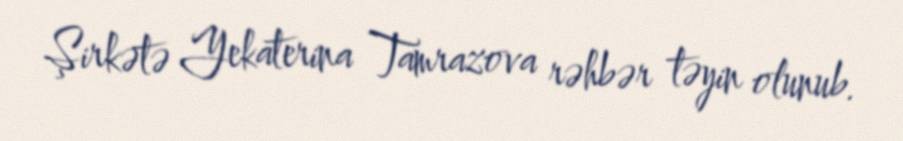
Şirkətə Yekaterina Tamrazova rəhbər təyin olunub.